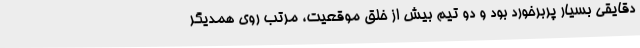
دقایقی بسیار پربرخورد بود و دو تیم بیش از خلق موقعیت، مرتب روی همدیگر